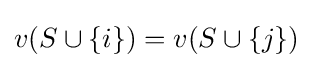
v(S\cup \{i\})=v(S\cup \{j\})